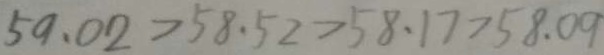
5 9 . 0 2 > 5 8 . 5 2 > 5 8 . 1 7 > 5 8 . 0 9